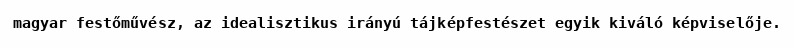
magyar festőművész, az idealisztikus irányú tájképfestészet egyik kiváló képviselője.